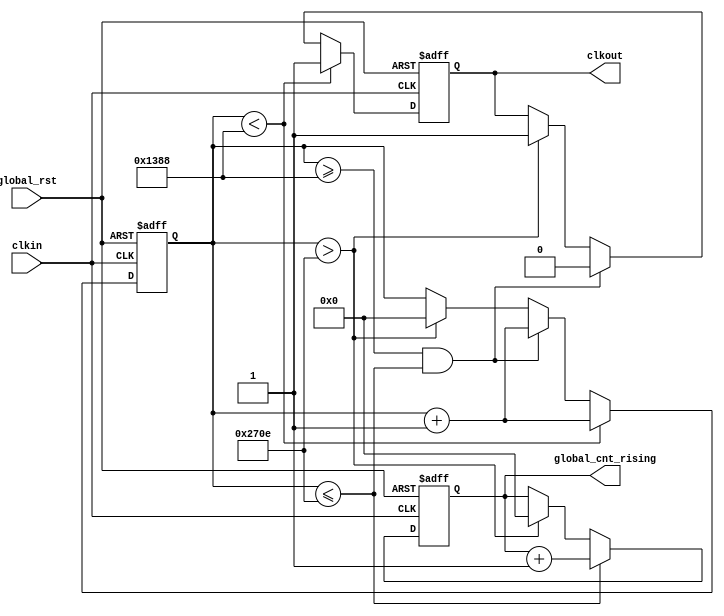
module div_any( clkout,       // clkout
		  global_cnt_rising,		// Rising
//		  global_cnt_falling,	// Falling
//		  global_cnt_triangular, // Triangular
        clkin,        // clkin
        global_rst    // global reset
);

input clkin;
input global_rst;

output reg clkout;
output reg [15:0] global_cnt_rising;

reg [15:0] cnt;

parameter N1 = 5000;
parameter N2 = 9998;

always @ (posedge clkin or negedge global_rst)
if(!global_rst) begin
  cnt<=16'd0;
  clkout<= 1'b0;
 end
else if(cnt < N1)
  begin
  clkout<=1'd1;
  cnt<= cnt + 16'd1;
  end
else if(cnt >= N1 && cnt <= N2 )
  begin
  clkout<=1'd0;
  cnt<= cnt + 16'd1;
  end
else if(cnt > N2)
  begin
  cnt <= 16'd0;
  clkout<=1'd1;
  end	
  
always @ (posedge clkin or negedge global_rst) 
if(!global_rst) begin
	global_cnt_rising <= 16'd0;
end
else if(cnt <= N2) begin
	global_cnt_rising <= global_cnt_rising + 16'd1;
end
else if(cnt > N2) begin
	global_cnt_rising <= 16'd0;
end

  
endmodule